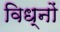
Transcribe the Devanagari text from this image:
विध्नों